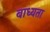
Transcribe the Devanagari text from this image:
बाध्‍यता